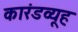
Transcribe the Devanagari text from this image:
कारंडव्यूह